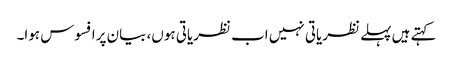
کہتے ہیں پہلے نظریاتی نہیں اب نظریاتی ہوں، بیان پرافسوس ہوا۔